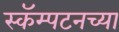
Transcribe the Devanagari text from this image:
स्कॅम्पटनच्या